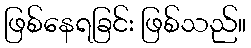
ဖြစ်နေရခြင်း ဖြစ်သည်။